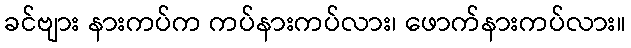
ခင်ဗျား နားကပ်က ကပ်နားကပ်လား၊ ဖောက်နားကပ်လား။